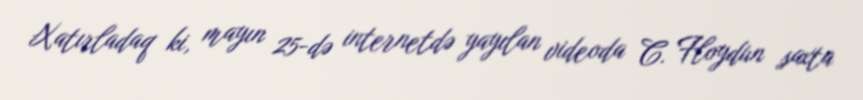
Xatırladaq ki, mayın 25-də internetdə yayılan videoda C. Floydun saxta